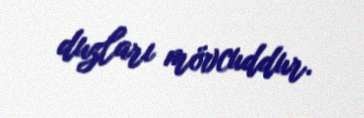
duzları mövcuddur.